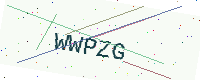
Text: WWPZG